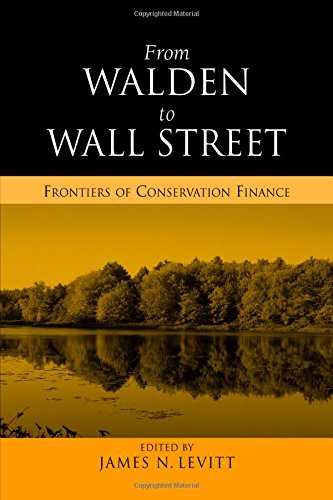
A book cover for From Walden to Wall Street: Frontiers of Conservation Finance; Law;